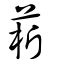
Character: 菥